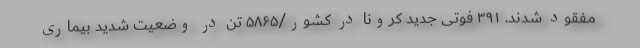
مفقود شدند. ۳۹۱ فوتی جدید کرونا در کشور/۵۸۶۵ تن در وضعیت شدید بیماری